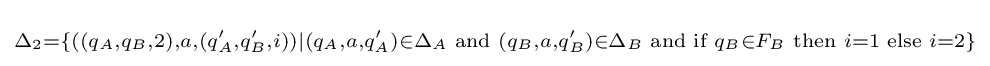
\scriptstyle \Delta _{2}=\{((q_{A},q_{B},2),a,(q'_{A},q'_{B},i))|(q_{A},a,q'_{A})\in \Delta _{A}{\text{ and }}(q_{B},a,q'_{B})\in \Delta _{B}{\text{ and if }}q_{B}\in F_{B}{\text{ then }}i=1{\text{ else }}i=2\}